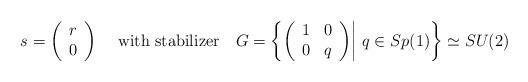
LaTeX: \begin{align*}s=\bigg(\begin{array}{c} r \\ 0 \end{array}\bigg)~~~~\textrm{with stabilizer}~~~ G=\bigg\{\bigg(\begin{array}{cc} 1 & 0 \\ 0 & q\end{array}\bigg)\bigg|~ q\in Sp(1) \bigg\}\simeq SU(2)\end{align*}